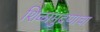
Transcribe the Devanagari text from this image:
शिळामुद्रणाचा